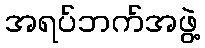
အရပ်ဘက်အဖွဲ့